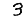
Digit: 3